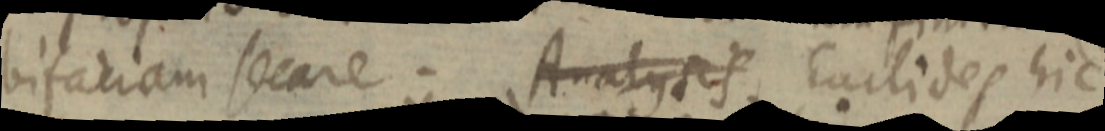
bifaciam secare. Analysis Euclides hic